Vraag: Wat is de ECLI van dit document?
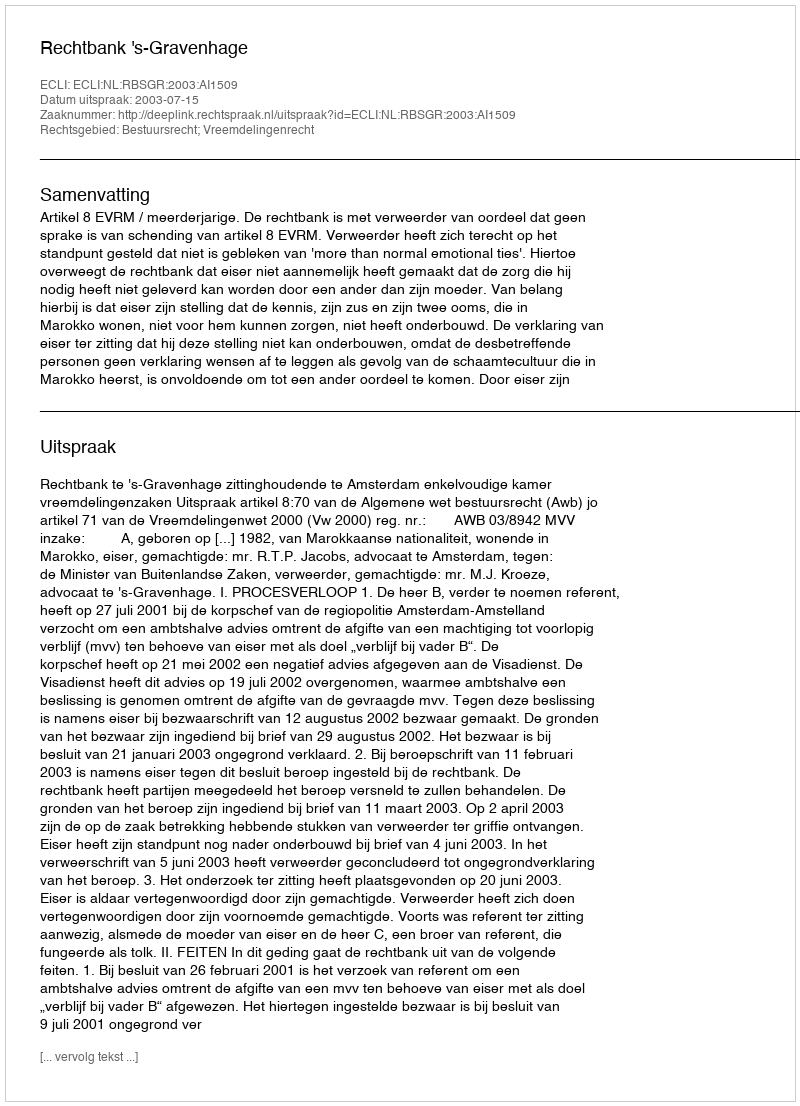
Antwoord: ECLI:NL:RBSGR:2003:AI1509